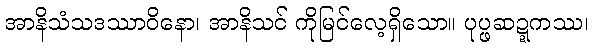
အာနိသံသဒဿာဝိနော၊ အာနိသင် ကိုမြင်လေ့ရှိသော။ ပုပ္ဖဆဍ္ဍကဿ၊